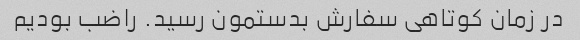
در زمان کوتاهی سفارش بدستمون رسید. راضب بودیم